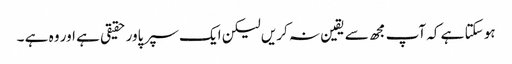
ہو سکتا ہے کہ آپ مجھ سے یقین نہ کریں لیکن ایک سپر پاور حقیقی ہے اور وہ ہے ۔